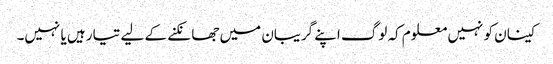
کینان کو نہیں معلوم کہ لوگ اپنے گریبان میں جھانکنے کے لیے تیار ہیں یا نہیں۔